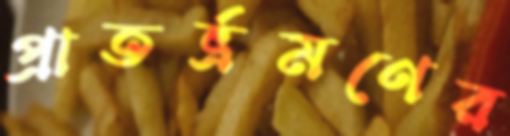
প্রাতর্ভ্রমণের